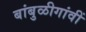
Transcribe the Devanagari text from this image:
बांबुळीगांवीं